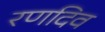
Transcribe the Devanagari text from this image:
रणदिव